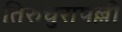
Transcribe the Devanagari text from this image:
तिरुचुरापल्ली